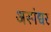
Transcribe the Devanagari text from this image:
अस्पंद्यर